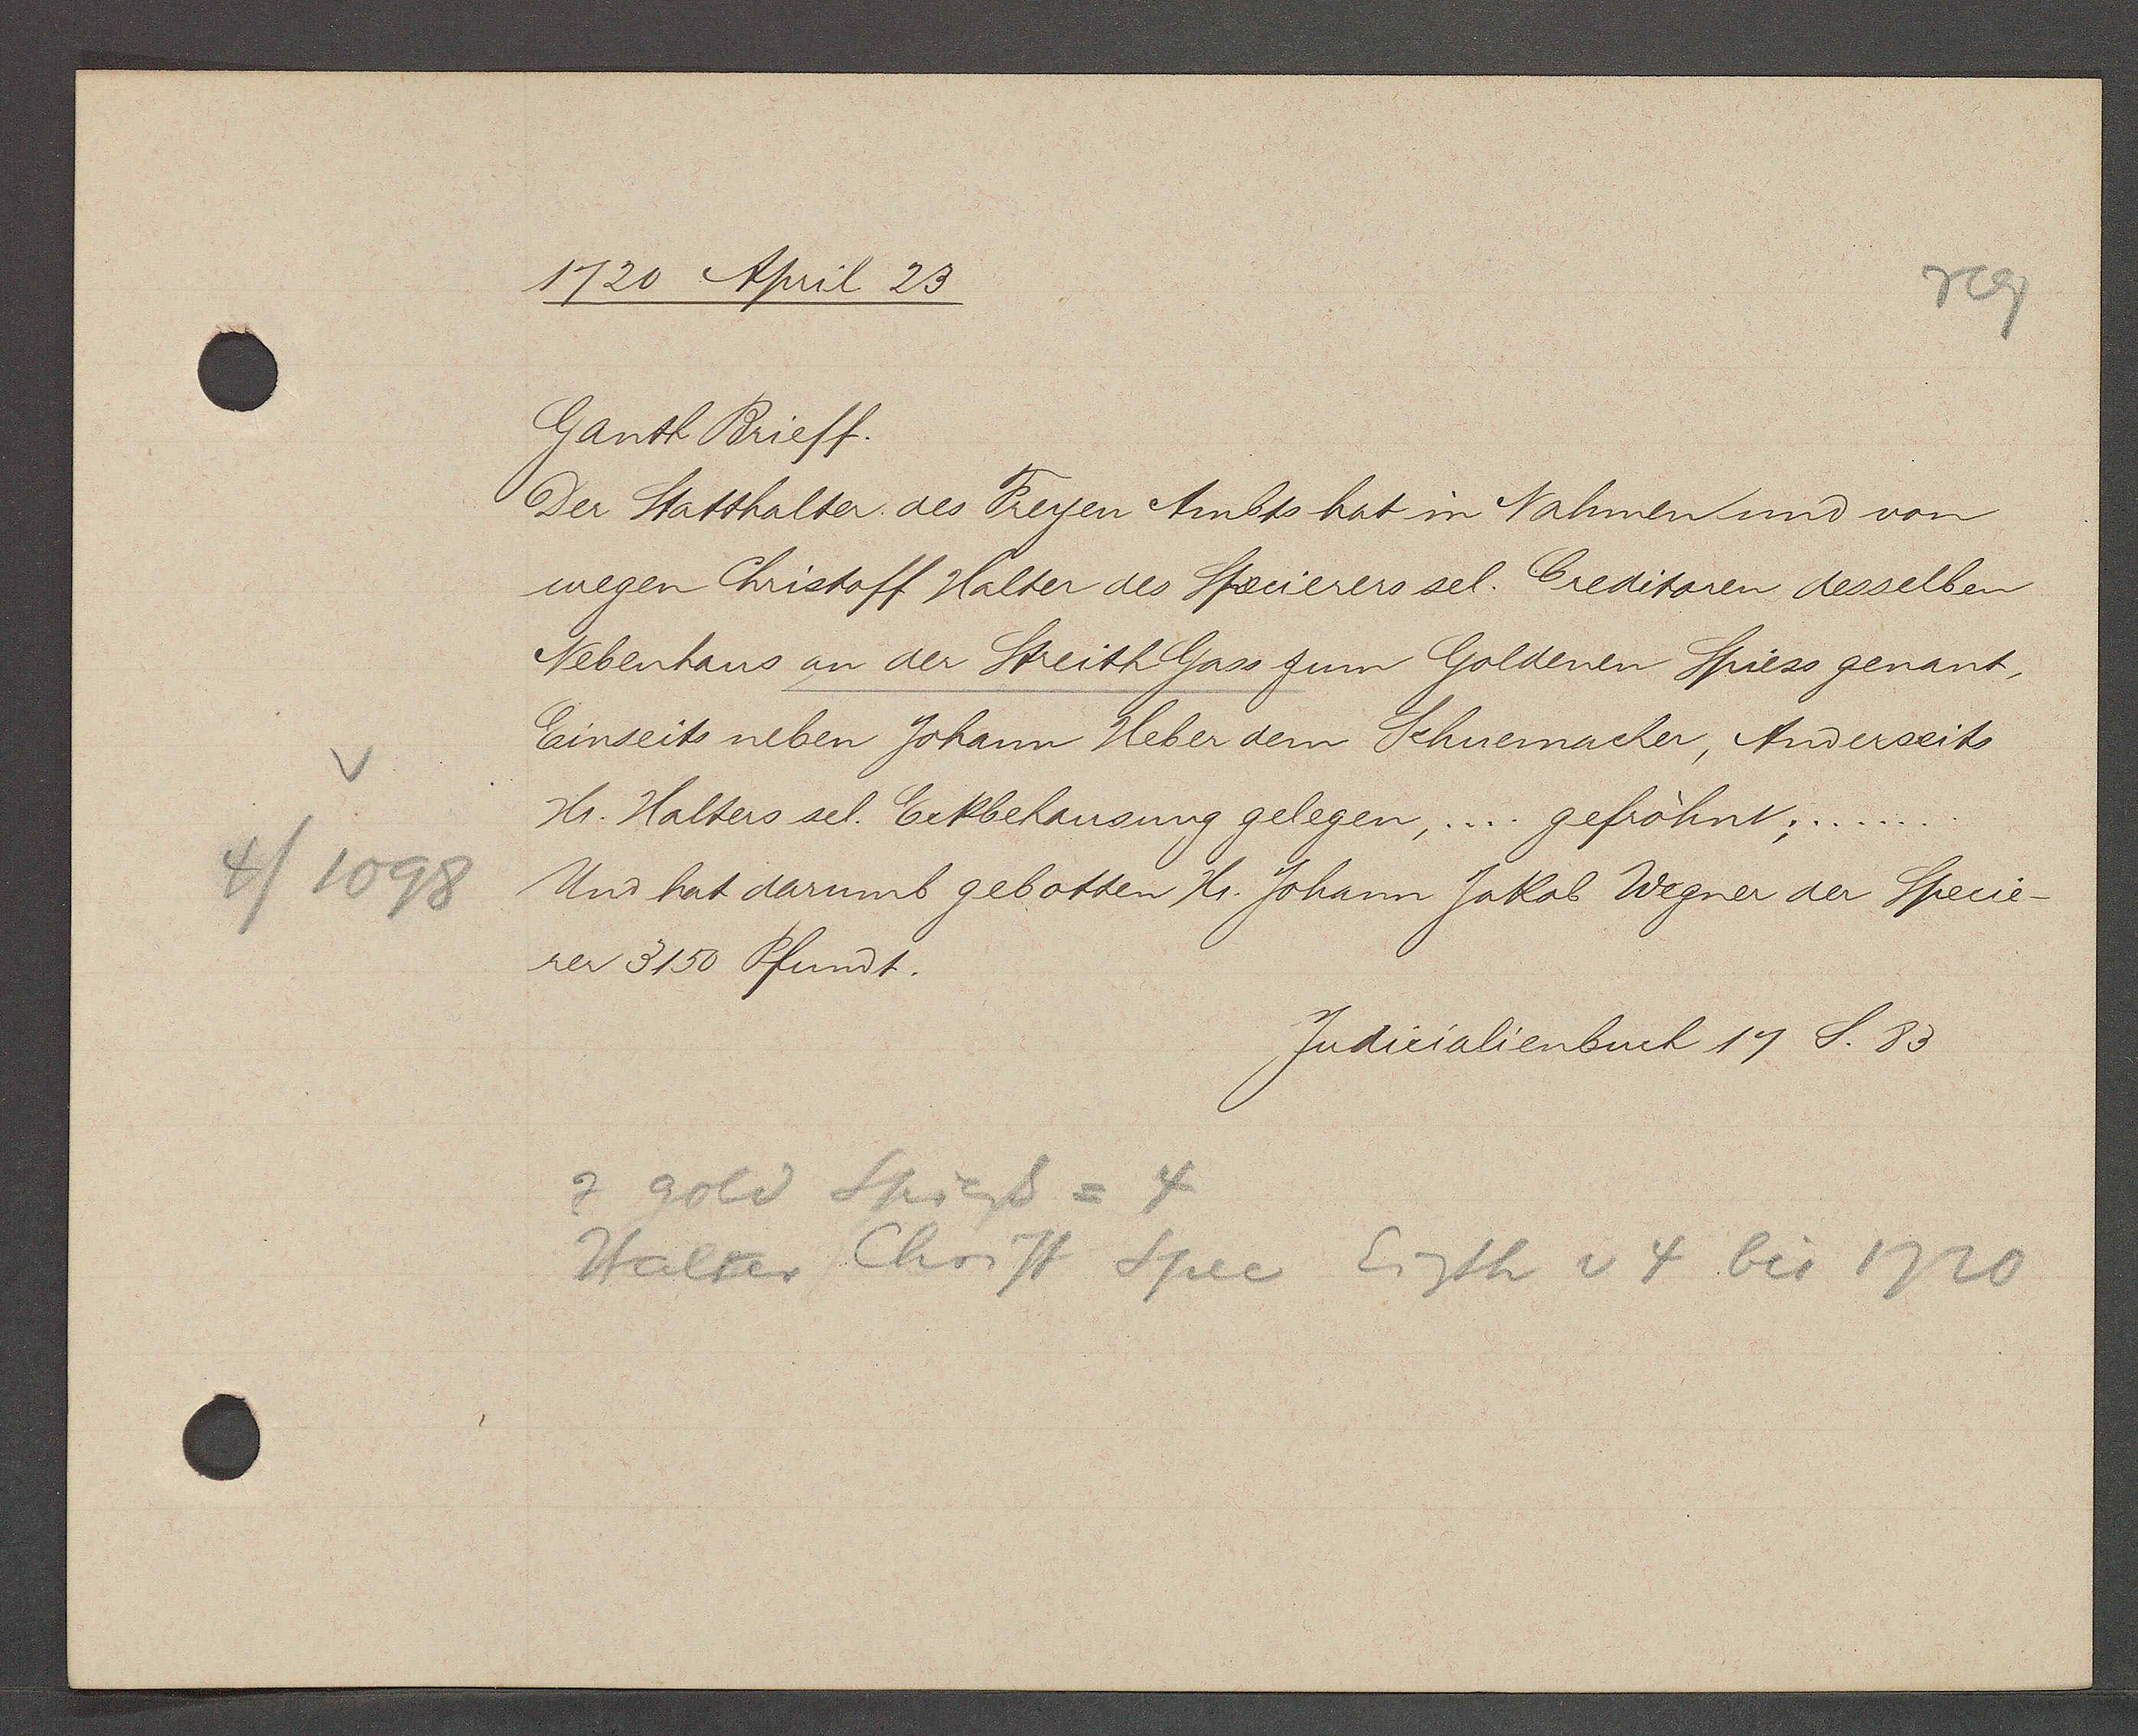
Transcript:
4/1098

1720 April 23

Ganth Brieff.
Der Statthalter des Freyen Ambts hat in Nahmen und von
wegen Christoff Halter des Specierers sel. Creditoren desselben
Nebenhaus an der Streith Gass zum Goldenen Spiess genant,
Einseits neben Johann Heber dem Schuemacher, Anderseits
Hr. Halters sel. Eckbehausung gelegen, ... gefröhnt;.....
Und hat darumb gebotten Hr. Johann Jakob Wegner der Specie-
rer 3150 Pfundt.

Judicialienbuch 17 S. 83

z gold Spiess = 4
Halter Christ Spec Eigth v 4 bis 1720